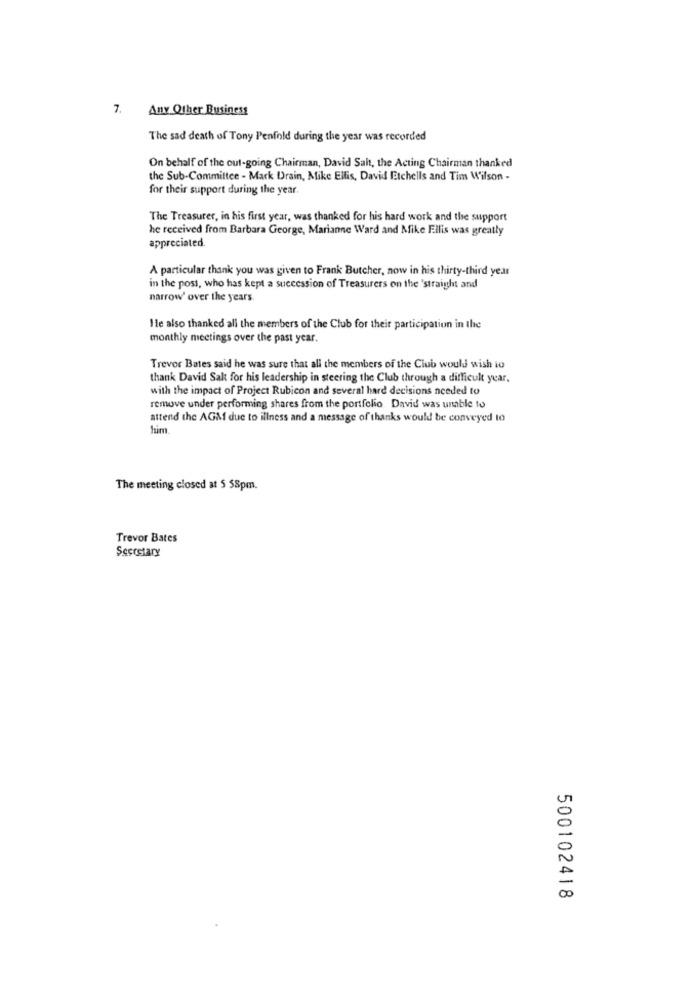
7. Any Other Business
The sad death of Tony Penfold during the year was recorded
On behalf of the out-going Chairman, David Salt, the Acting Chairman thanked
the Sub-Committee - Mark Drain, Mike Ellis, David Etchells and Tim Wilson -
for their support during the year.
The Treasurer, in his first year, was thanked for his hard work and the support
he received from Barbara George, Marianne Ward and Mike Filis was greatly
appreciated.
A particular thank you was given to Frank Butcher, now in his thirty-third year
in the post, who has kept a succession of Treasurers on the "straight and
narrow' over the years.
He also thanked all the members of the Club for their participation in the
monthly meetings over the past year.
Trevor Bates said he was sure that all the members of the Club would wish to
thank David Salt for his leadership in steering the Club through a difficult year.
with the impact of Project Rubicon and several hard decisions needed to
remove under performing shares from the portfolio David was unable to
attend the AGM due to illness and a message of thanks would be conveyed to
The meeting closed at $ 58pm.
Trevor Bates
Secretary
500102418